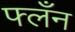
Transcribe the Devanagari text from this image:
फ्लँन